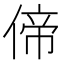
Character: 偙